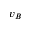
v _ { B }